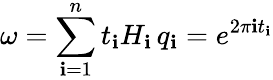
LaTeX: \omega=\sum_{\mathbf{i}=1}^{n}t_{\mathbf{i}}H_{\mathbf{i}}\, q_{\mathbf{i}}=e^{2\pi\mathbf{i}t_{\mathbf{i}}}